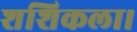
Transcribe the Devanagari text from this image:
शशिकला।